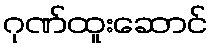
ဂုဏ်ထူးဆောင်